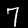
Digit: 7